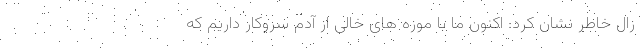
زال خاطر نشان کرد: اکنون ما با موزه های خالی از آدم سروکار داریم که